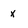
Character: x